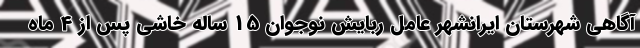
آگاهی شهرستان ایرانشهر عامل ربایش نوجوان 15 ساله خاشی پس از 4 ماه